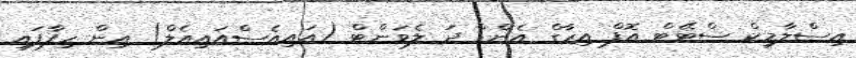
އިސްލާމިކް ސްޓޭޓް އޮފް އިރާގް އެންޑް ދަ ލެވަންޓް (އައިއެސްއައިއެލް) އިން ހިފާފައި